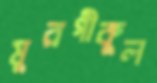
মুরগীকুল